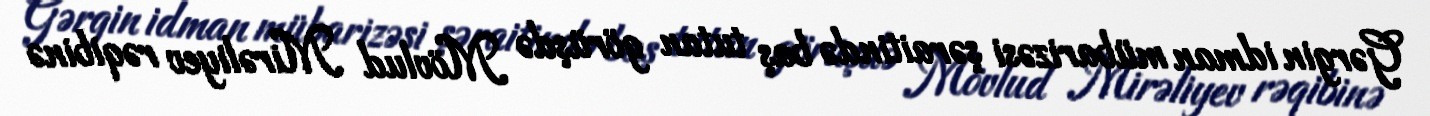
Gərgin idman mübarizəsi şəraitində baş tutan görüşdə Mövlud Mirəliyev rəqibinə